Report on vaccination North-West Frontier Province 1904-1922 - 1904-1922
Year: 1904
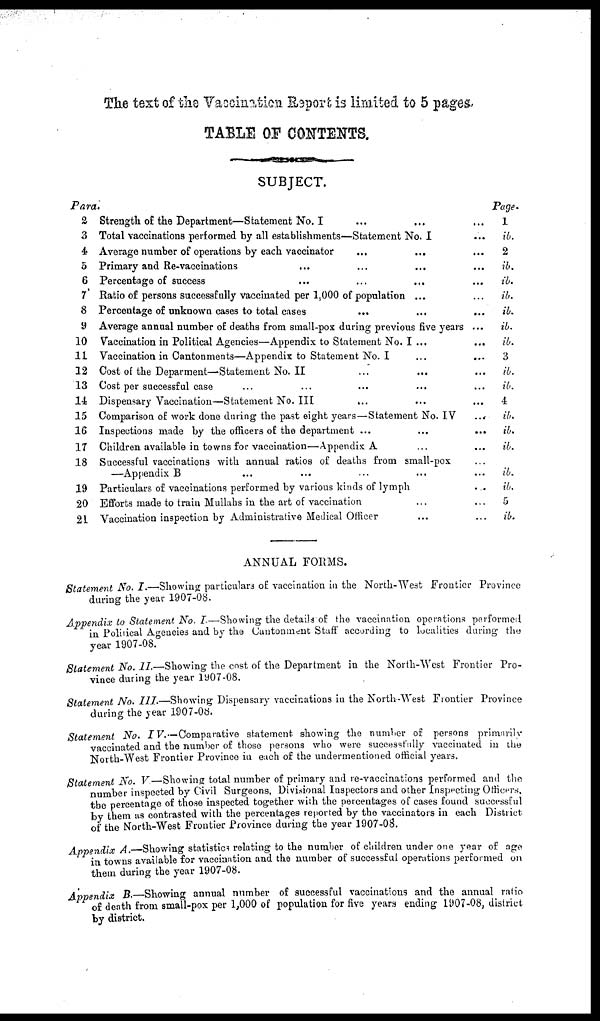
The text of the Vaccination Report is limited to 5 pages.
TABLE OF CONTENTS.
SUBJECT.
Para.
2
3
4
5
6
7
8
9
10
11
12
13
14
15
16
17
18
19
20
21
Strength of the Department—Statement No. I ... ... ...
Total vaccinations performed by all establishments—Statement No. I ...
Average number of operations by each vaccinator ... ... ...
Primary and Re-vaccinations
...
...
...
Percentage of success ... ... ...
Ratio of persons successfully vaccinated per 1,000 of population ... ...
Percentage of unknown cases to total cases ... ... ... ...
Average annual number of deaths from small-pox during previous five years ...
Vaccination in Political Agencies—Appendix to Statement No. I ... ...
Vaccination in Cantonments—Appendix to Statement No. I
...
...
Cost of the Deparment—Statement No. II ... ... ...
Cost per successful case ... ... ... ...
Dispensary Vaccination—Statement No. III ... ... ...
Comparison of work done during the past eight years—Statement No. IV
...
Inspections made by the officers of the department ... ... ...
Children available in towns for vaccination—Appendix A ... ...
Successful vaccinations with annual ratios of deaths from small-pox ...
—Appendix B ... ... ... ...
Particulars of vaccinations performed by various kinds of lymph
...
Efforts made to train Mullahs in the art of vaccination ... ...
Vaccination inspection by Administrative Medical Officer ... ...
Page.
1
ib.
2
ib.
ib.
ib.
ib.
ib.
ib.
3
ib.
ib.
4
ib.
ib.
ib.
ib.
ib.
5
ib.
ANNUAL FORMS.
Statement No. I.—Showing particulars of vaccination in the North-West Frontier Province
during the year 1907-08.
Appendix to Statement No. I—Showing the details of the vaccination operations performed
in Political Agencies and by the Cantonment Staff according to localities during the
year 1907-08.
Statement No. II.—Showing the cost of the Department in the North-West Frontier Pro-
vince during the year 1907-08.
Statement No. III.—Showing Dispensary vaccinations in the North-West Frontier Province
during the year 1907-08.
Statement No. IV.—Comparative
statement showing the number of persons primarily
vaccinated and the number of those persons who were successfully vaccinated in the
North-West Frontier Province in each of the undermentioned official years.
Statement No. V.—Showing total number of primary and re-vaccinations performed and the
number inspected by Civil Surgeons, Divisional Inspectors and other Inspecting Officers,
the percentage of those inspected together wish the percentages of cases found successful
by them as contrasted with the percentages reported by the vaccinators in each District
of the North-West Frontier Province during the year 1907-08.
Appendix A.—Showing statistics relating to the number of children under one year of age
in towns available for vaccination and the number of successful operations performed on
them during the year 1907-08.
Appendix B.—Showing annual number of successful vaccinations and the annual ratio
of death from small-pox per 1,000 of population for five years ending 1907-08, district
by district.